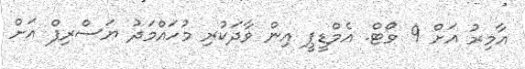
އާމިރު އަށް 9 ވޯޓް. އެމްޑީޕީ އިން ވާދަކުރި މުހައްމަދު ޔަސްރިފް އަށް